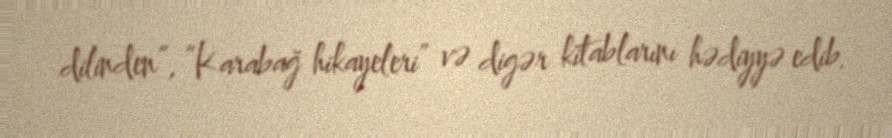
dilinden”, “Karabağ hikayeleri” və digər kitablarını hədiyyə edib.